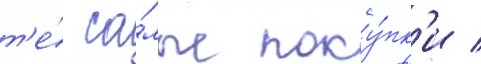
т'е́ са́мые поку́пк'и /